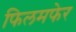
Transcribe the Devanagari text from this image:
फिलमफेर